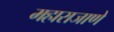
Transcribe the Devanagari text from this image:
महाराजाणे